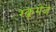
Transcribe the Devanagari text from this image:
स्क्रूगेज